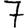
Digit: 7